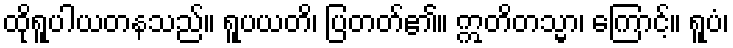
ထိုရူပါယတနသည်။ ရူပယတိ၊ ပြတတ်၏။ ဣတိတသ္မာ၊ ကြောင့်။ ရူပံ၊